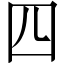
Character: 四